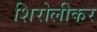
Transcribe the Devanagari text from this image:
शिरोलीकर